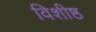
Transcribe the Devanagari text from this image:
विशीष्ठ